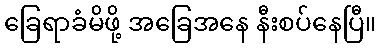
ခြေရာခံမိဖို့ အခြေအနေ နီးစပ်နေပြီ။